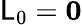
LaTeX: \mathsf{L}_{0}=\mathbf{{0}}